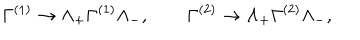
\Gamma ^ { ( 1 ) } \to \Lambda _ { + } \Gamma ^ { ( 1 ) } \Lambda _ { - } ^ { } , \qquad \Gamma ^ { ( 2 ) } \to \Lambda _ { + } \Gamma ^ { ( 2 ) } \Lambda _ { - } ^ { } ,